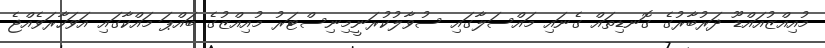
މުއިއްޒުއައްޑޫ ދަރުބާރުގެ ގޮނޑިތައް ގެނައި މައްސަލާގައި ސުވާލުކުރަނީމިނިސްޓަރު މުއިއްޒުގެ ބައްޕަ މައްކާގައި އަވަހާރަވެއްޖެ